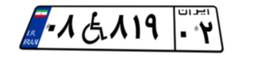
۰۸W۸۱۹۰۲